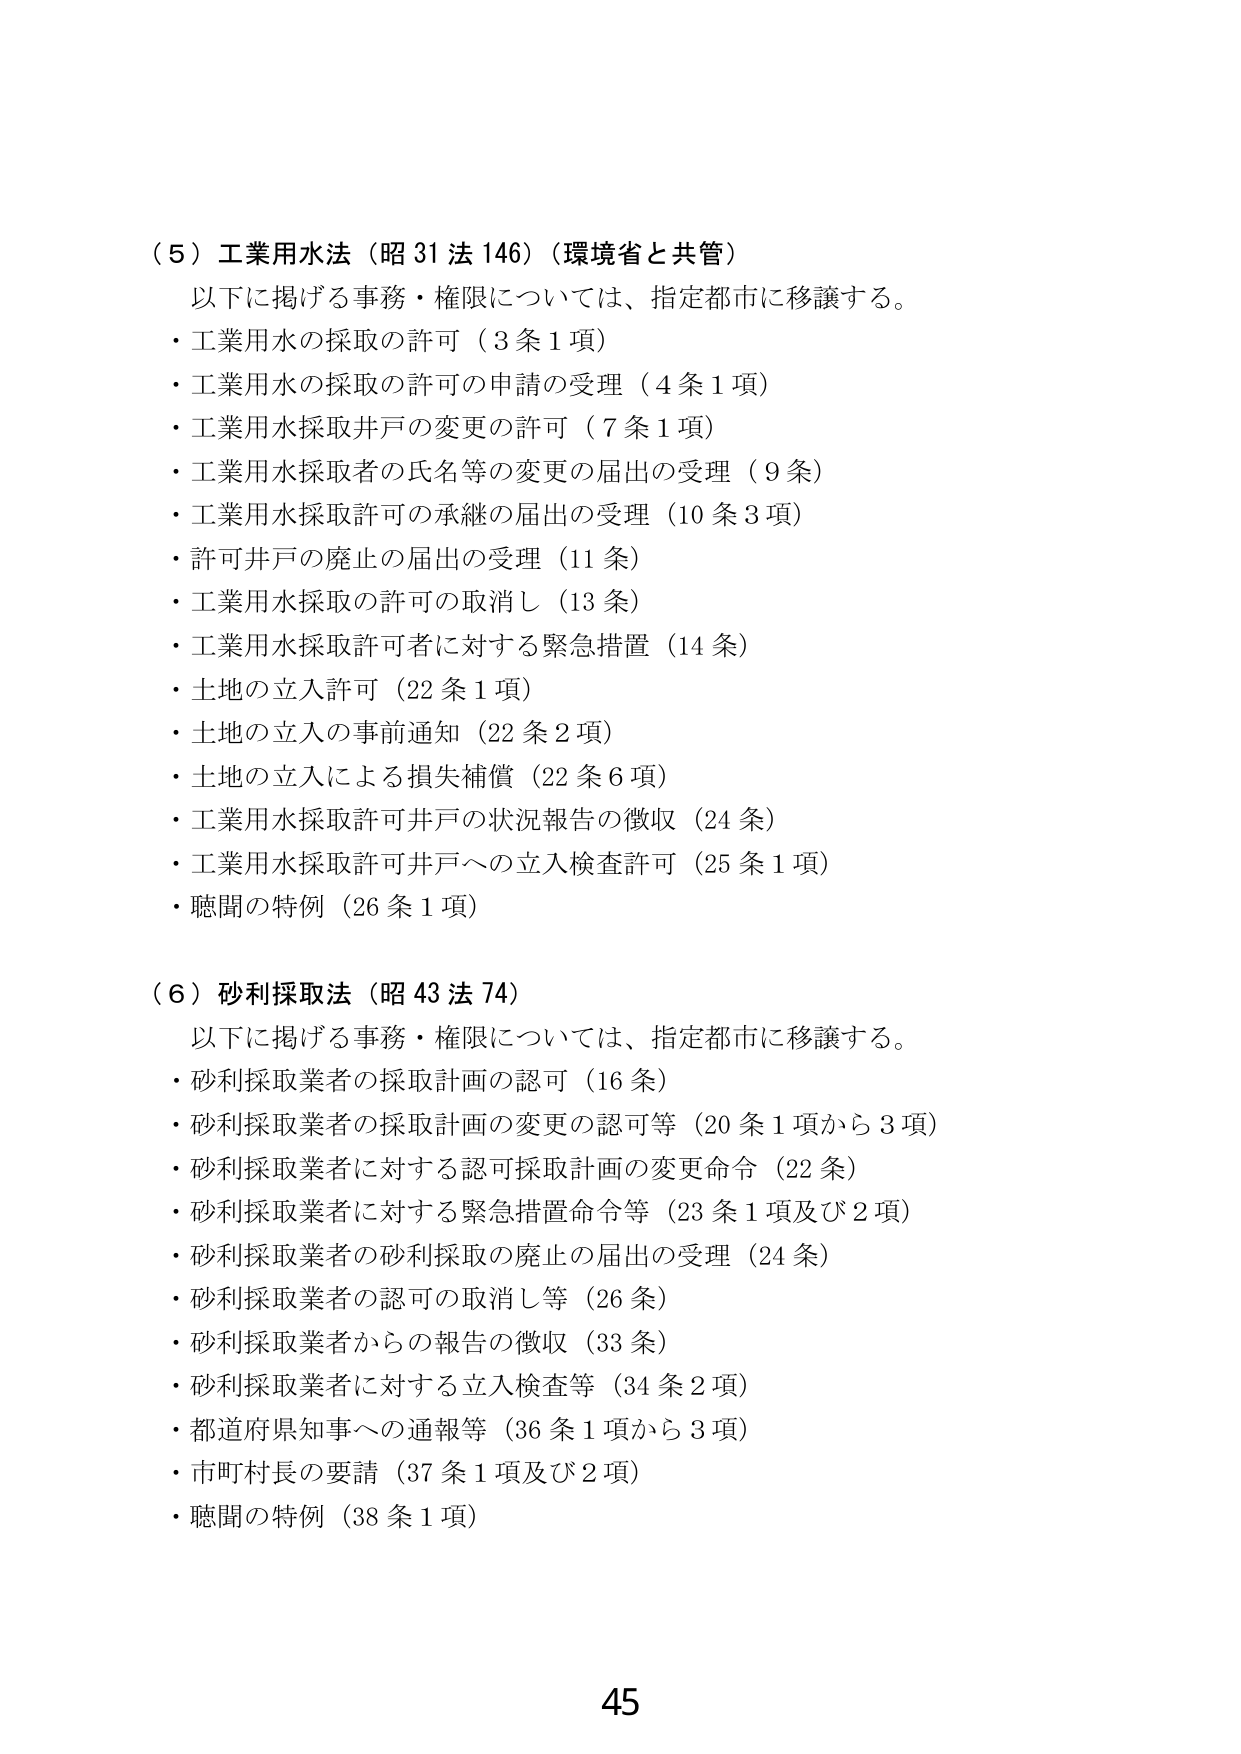
（５）工業用水法（昭31法146）（環境省と共管）
以下に掲げる事務・権限については、指定都市に移譲する。
・工業用水の採取の許可（3条1項）
・工業用水の採取の許可の申請の受理（4条1項）
・工業用水採取井戸の変更の許可（7条1項）
・工業用水採取者の氏名等の変更の届出の受理（9条）
・工業用水採取許可の承継の届出の受理（10条3項）
・許可井戸の廃止の届出の受理（11条）
・工業用水採取の許可の取消し（13条）
・工業用水採取許可者に対する緊急措置（14条）
・土地の立入許可（22条1項）
・土地の立入の事前通知（22条2項）
・土地の立入による損失補償（22条6項）
・工業用水採取許可井戸の状況報告の徴収（24条）
・工業用水採取許可井戸への立入検査許可（25条1項）
・聴聞の特例（26条1項）

（６）砂利採取法（昭43法74）
以下に掲げる事務・権限については、指定都市に移譲する。
・砂利採取業者の採取計画の認可（16条）
・砂利採取業者の採取計画の変更の認可等（20条1項から3項）
・砂利採取業者に対する認可採取計画の変更命令（22条）
・砂利採取業者に対する緊急措置命令等（23条1項及び2項）
・砂利採取業者の砂利採取の廃止の届出の受理（24条）
・砂利採取業者の認可の取消し等（26条）
・砂利採取業者からの報告の徴収（33条）
・砂利採取業者に対する立入検査等（34条2項）
・都道府県知事への通報等（36条1項から3項）
・市町村長の要請（37条1項及び2項）
・聴聞の特例（38条1項）

45